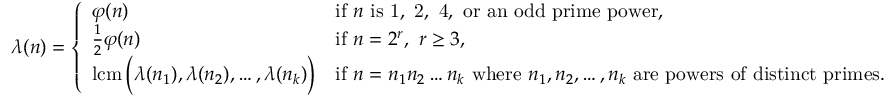
\lambda ( n ) = { \left\{ \begin{array} { l l } { \varphi ( n ) } & { { \mathrm { i f ~ } } n { \mathrm { ~ i s ~ 1 , ~ 2 , ~ 4 , ~ o r ~ a n ~ o d d ~ p r i m e ~ p o w e r , } } } \\ { { \frac { 1 } { 2 } } \varphi ( n ) } & { { \mathrm { i f ~ } } n = 2 ^ { r } , \ r \geq 3 , } \\ { \operatorname { l c m } { \Bigl ( } \lambda ( n _ { 1 } ) , \lambda ( n _ { 2 } ) , \ldots , \lambda ( n _ { k } ) { \Bigr ) } } & { { \mathrm { i f ~ } } n = n _ { 1 } n _ { 2 } \ldots n _ { k } { \mathrm { ~ w h e r e ~ } } n _ { 1 } , n _ { 2 } , \ldots , n _ { k } { \mathrm { ~ a r e ~ p o w e r s ~ o f ~ d i s t i n c t ~ p r i m e s . } } } \end{array} \right. }